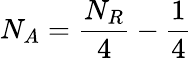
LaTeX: N_{A}=\frac{N_{R}}{4}-\frac{1}{4}